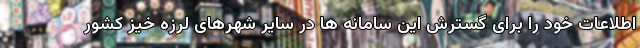
اطلاعات خود را برای گسترش این سامانه ها در سایر شهرهای لرزه خیز کشور